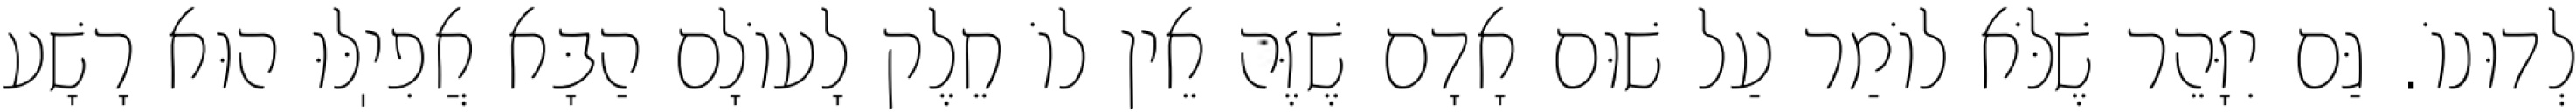
לְדוּנוֹ. גַּם יִזָּהֵר שֶׁלֹּא לוֹמַר עַל שׁוּם אָדָם שֶׁזֶּה אֵין לוֹ חֵלֶק לָעוֹלָם הַבָּא אֲפִיֽלּוּ הוּא רָשָׁע